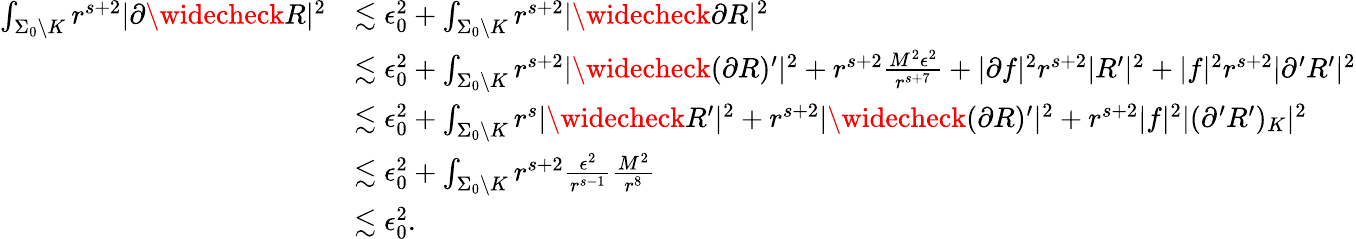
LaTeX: \begin{array}{rl}{\int_{\Sigma_{0}\setminus K}r^{s+2}|{\partial}\widecheck R|^{2}}&{\lesssim\epsilon_{0}^{2}+\int_{\Sigma_{0}\setminus K}r^{s+2}|\widecheck{{\partial}R}|^{2}}\\ &{\lesssim\epsilon_{0}^{2}+\int_{\Sigma_{0}\setminus K}r^{s+2}|\widecheck{({\partial}R)^{\prime}}|^{2}+r^{s+2}\frac{M^{2}\epsilon^{2}}{r^{s+7}}+|{\partial}f|^{2}r^{s+2}|R^{\prime}|^{2}+|f|^{2}r^{s+2}|{\partial}^{\prime}R^{\prime}|^{2}}\\ &{\lesssim\epsilon_{0}^{2}+\int_{\Sigma_{0}\setminus K}r^{s}|\widecheck R^{\prime}|^{2}+r^{s+2}|\widecheck{({\partial}R)^{\prime}}|^{2}+r^{s+2}|f|^{2}|({\partial}^{\prime}R^{\prime})_{K}|^{2}}\\ &{\lesssim\epsilon_{0}^{2}+\int_{\Sigma_{0}\setminus K}r^{s+2}\frac{\epsilon^{2}}{r^{s-1}}\frac{M^{2}}{r^{8}}}\\ &{\lesssim\epsilon_{0}^{2}.}\end{array}